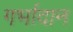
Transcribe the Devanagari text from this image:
गर्भादान